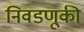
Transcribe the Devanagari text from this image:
निवडणूकी